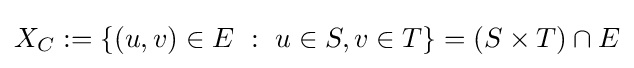
X_{C}:=\{(u,v)\in E\ :\ u\in S,v\in T\}=(S\times T)\cap E